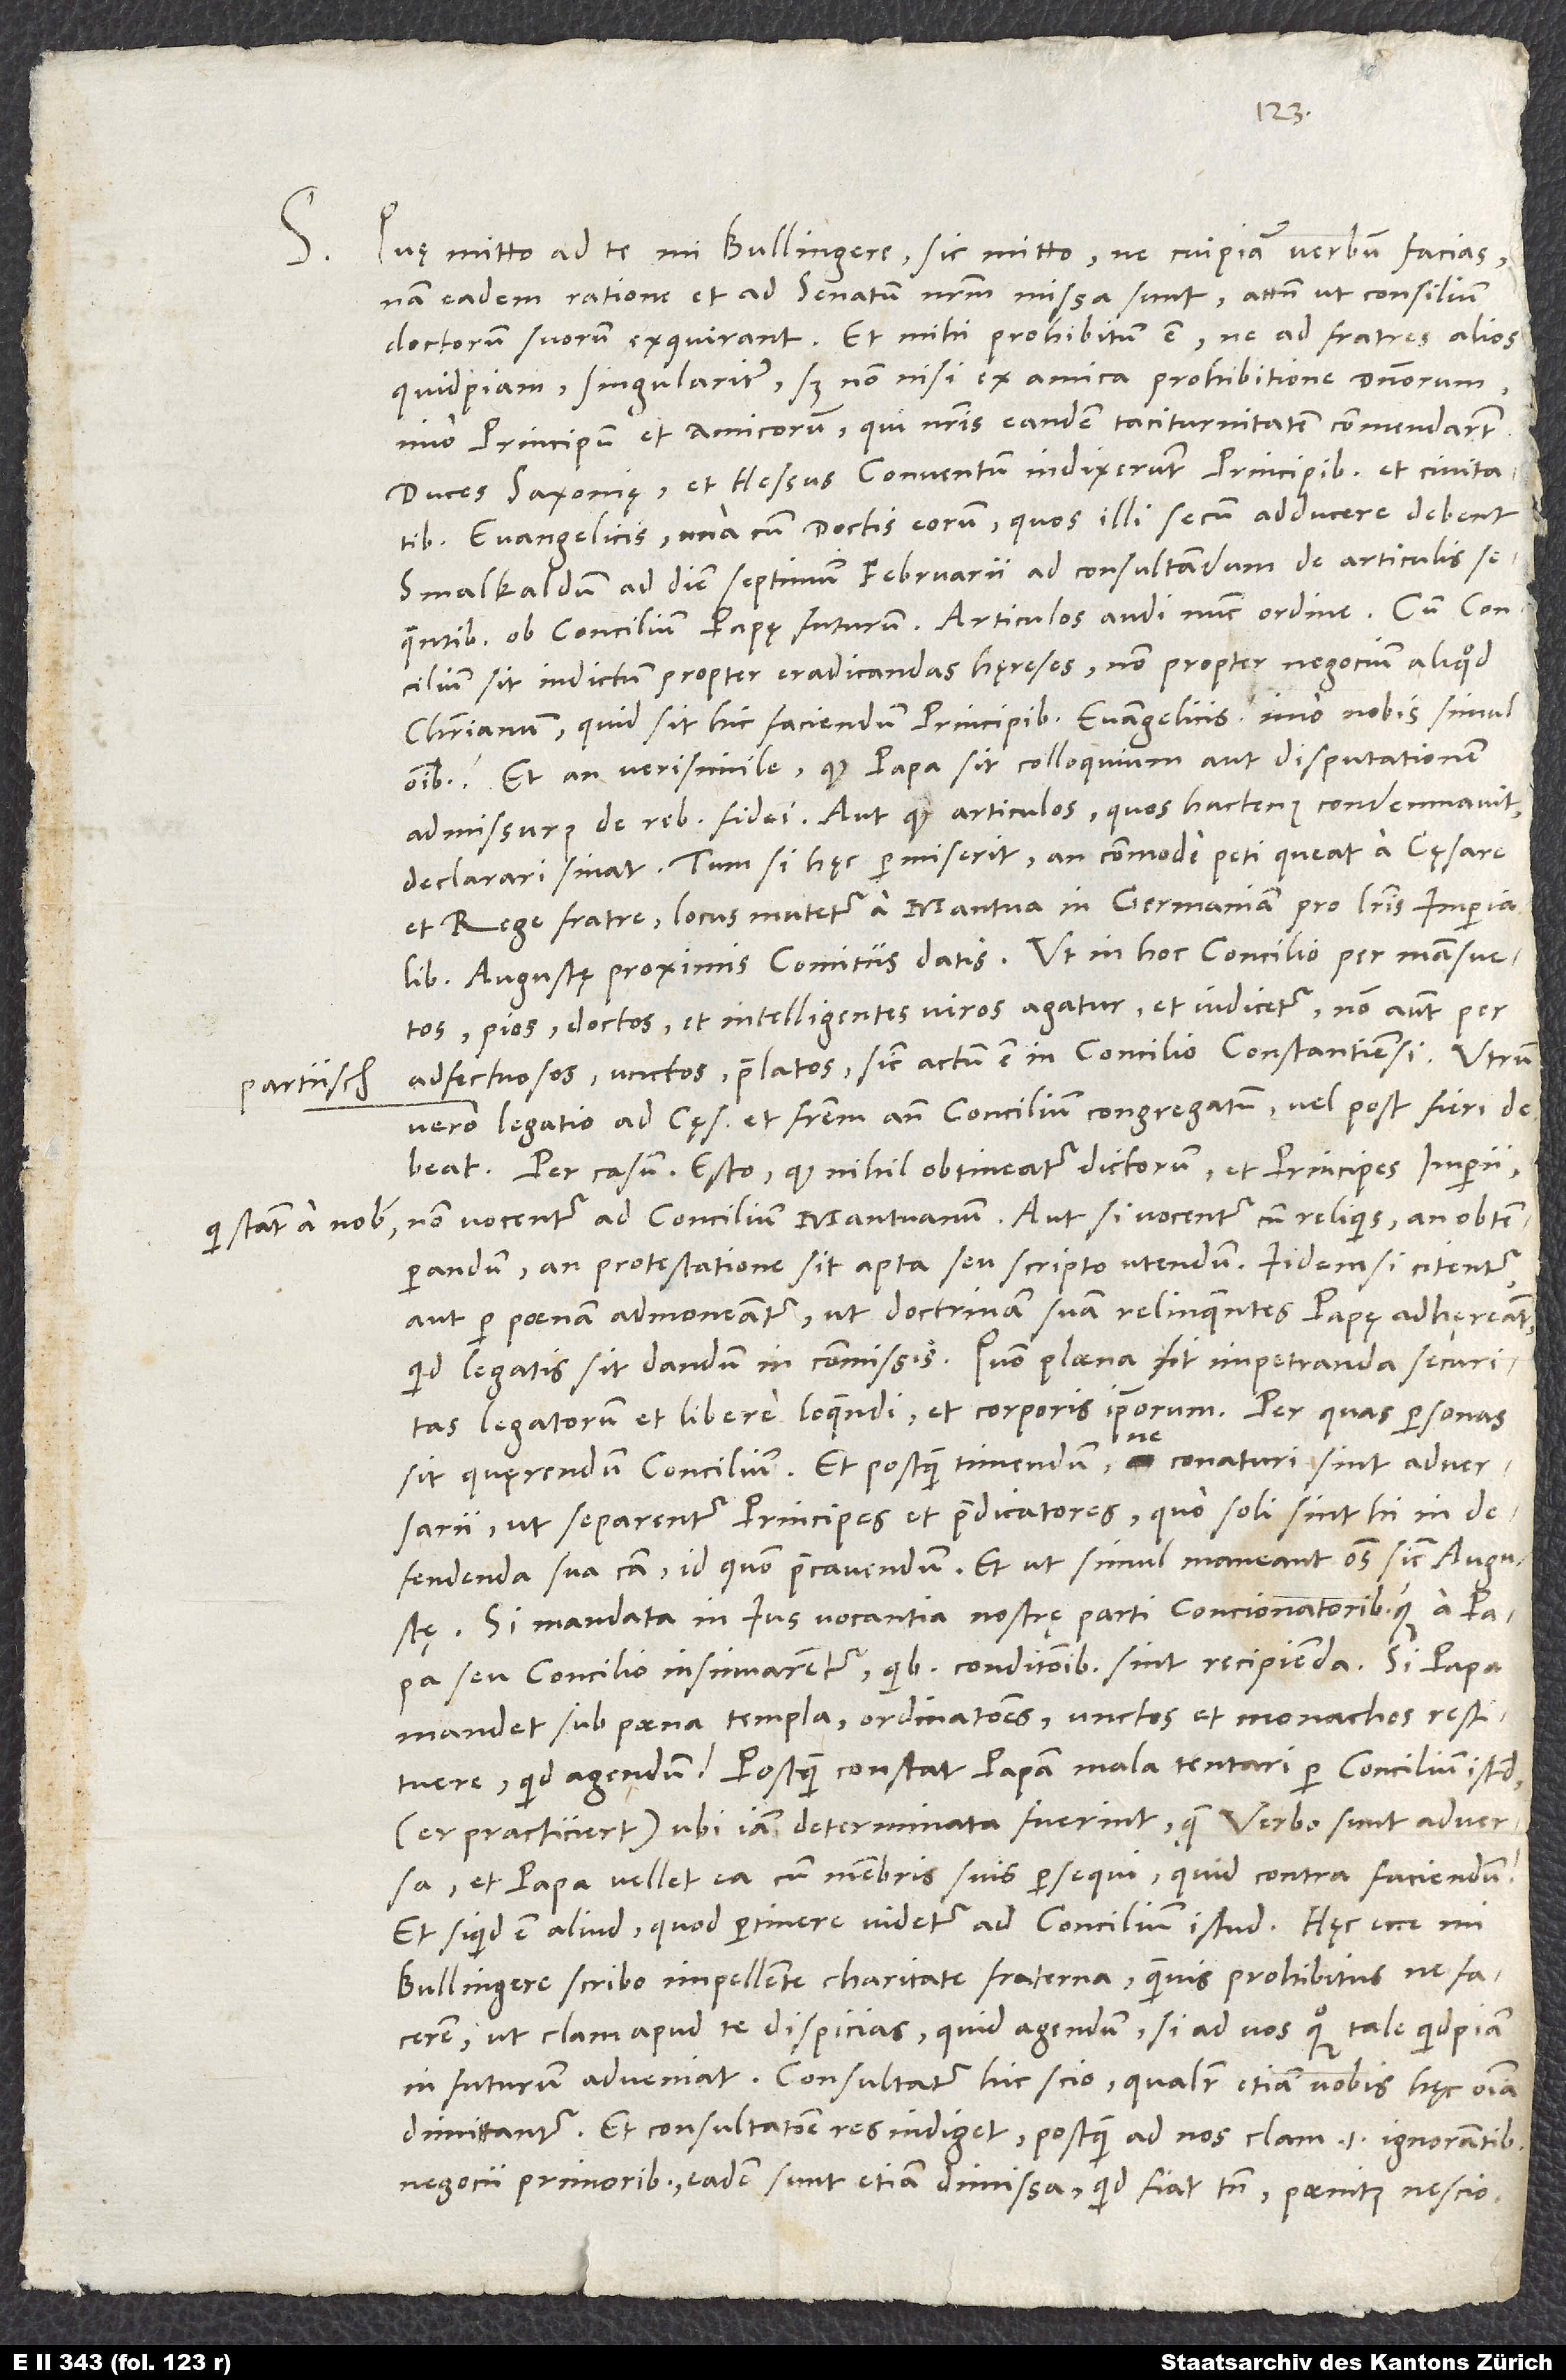
qui stant a nobis,

S.

Quę mitto ad te, mi Bullingere, sic mitto, ne cuipiam verbum facias;
nam eadem ratione et ad senatum nostrum missa sunt, attamen ut consilium
doctorum suorum exquirant. Et mihi prohibitum est, ne ad fratres alios
quidpiam, singulariter, sed non nisi ex amica prohibitione dominorum,
imo principum et amicorum, qui nostris eandem taciturnitatem commendarunt.
Duces Saxonię et Hessus conventum indixerunt principibus et civitatibus
evangelicis una cum doctis eorum, quos illi secum adducere debent
Smalkaldum ad diem septimum februarii ad consultandum de articulis
sequentibus ob concilium papę futurum. Articulos audi nunc ordine. Cum concilium
sit indictum propter eradicandas hęreses, non propter negocium aliquod
christianum, quid sit hic faciendum principibus evangelicis, imo nobis simul
omnibus. Et an verisimile, quod papa sit colloquium aut disputationem
admissurus de rebus fidei aut quod articulos, quos hactenus condemnavit,
declarari sinat. Tum, si hęc permiserit, an commode peti queat a cęsare
et rege fratre, locus mutetur a Mantua in Germaniam pro litteris imperialibus
Augustę proximis comitiis datis. Ut in hoc concilio per mansuetos,
pios, doctos et intelligentes viros agatur et iudicetur, non autem per
adfectuosos, unctos, praelatos, sicut actum est in concilio Constantiensi. Utrum
vero legatio ad cęsarem et fratrem ante concilium congregatum vel post fieri
Per casum esto, quod nihil obtineatur dictorum et principes imperii,
non vocentur ad concilium Mantuanum, aut si vocentur cum reliquis, an obtemperandum
protestatione sit apta seu scripto utendum. Iidem si citentur
aut per poenam admoneantur, ut doctrinam suam relinquentes papę adhęreant,
quid legatis sit dandum in commissis. Quomodo plana sit impetranda securitas
legatorum et libere loquendi et corporis ipsorum. Per quas personas
ne
sit quęrendum concilium. Et postquam timendum, ne conaturi sint adversarii,
ut separentur principes et praedicatores, quo soli sint hi in
defendenda sua causa, id quomodo praecavendum. Et ut simul maneant omnes sicut Augustae.
Si mandata in ius vocantia nostrę parti concionatoribusque a papa
seu concilio insinuarentur, quibus conditionibus sint recipienda. Si papa
mandet sub poena templa, ordinationes, unctos et monachos restituere,
quid agendum? Postquam constat papam mala tentari per concilium istud
(er practiciert), ubi iam determinata fuerint, quae verbo sunt adversa,
et papa vellet ea cum membris suis persequi, quid contra faciendum?
Et si quid est aliud, quod pertinere videtur ad concilium istud.
Bullingere, scribo impellente charitate fraterna - quamvis prohibitus, ne facerem
ut clam apud te dispicias, quid agendum, si ad vos quoque tale quidpiam
in futurum adveniat. Consultatur hic, scio, qualiter etiam vobis hęc omnia
dimittantur. Et consultatione res indiget, postquam ad nos clam et ignorantibus
negocii primoribus eadem sunt etiam dimissa. Quid fiat tamen, paenitus nescio.